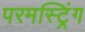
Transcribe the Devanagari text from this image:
परमस्ट्रिंग